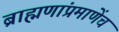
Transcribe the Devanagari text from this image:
ब्राह्मणांप्रमाणेंच